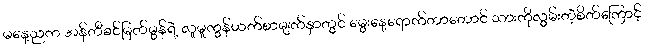
မနေ့ညက အန်တီခင်မြတ်မွန်ရဲ့ လူမှုကွန်ယက်စာမျက်နှာတွင် မွေးနေ့ရောက်တာတောင် သားကိုလွမ်းတဲ့စိတ်ကြောင့်